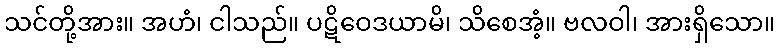
သင်တို့အား။ အဟံ၊ ငါသည်။ ပဋိဝေဒယာမိ၊ သိစေအံ့။ ဗလဝါ၊ အားရှိသော။